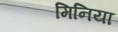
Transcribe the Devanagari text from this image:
मिनिया